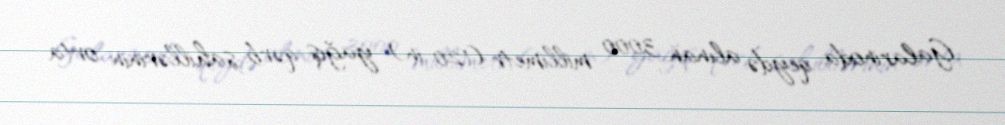
Galarinoda qeydə alınan 3000 millimetr (120 in) yağış qərb sahillərinin orta